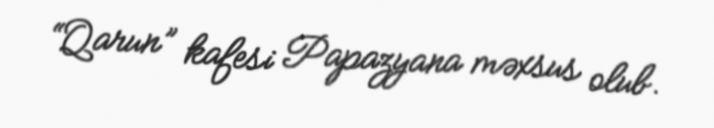
“Qarun” kafesi Papazyana məxsus olub.